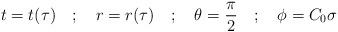
LaTeX: \begin{align*}t = t(\tau) \quad ; \quad r = r(\tau) \quad ; \quad \theta = \frac{\pi}{2}\quad ; \quad \phi = C_{0} \sigma\end{align*}